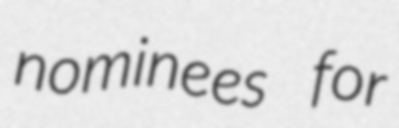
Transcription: nominees for